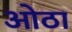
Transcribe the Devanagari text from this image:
ओठा